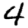
Digit: 4